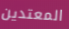
المعتدين